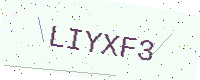
Text: LIYXF3